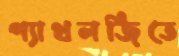
প্যাথলজিতে